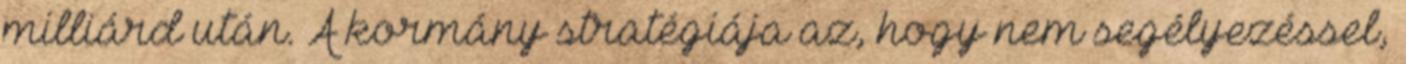
milliárd után. A kormány stratégiája az, hogy nem segélyezéssel,